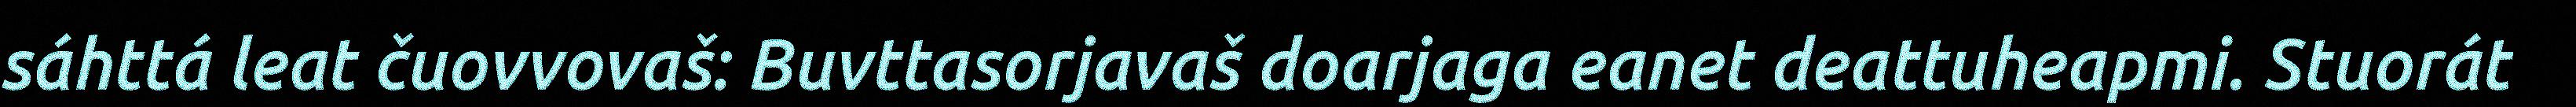
sáhttá leat čuovvovaš: Buvttasorjavaš doarjaga eanet deattuheapmi. Stuorát